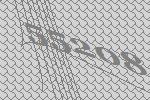
55208